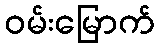
ဝမ်းမြောက်